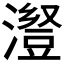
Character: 𱩁